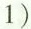
1 )